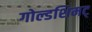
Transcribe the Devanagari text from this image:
गोल्डशिमट्